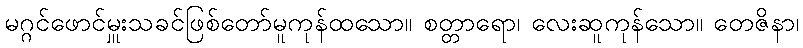
မဂ္ဂင်ဖောင်မှူးသခင်ဖြစ်တော်မူကုန်ထသော။ စတ္တာရော၊ လေးဆူကုန်သော။ တေဇိနာ၊